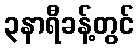
၃နာရီခန့်တွင်